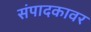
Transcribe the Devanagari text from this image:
संपादकावर